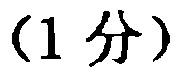
(1 分)